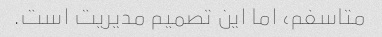
متاسفم، اما این تصمیم مدیریت است.